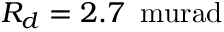
R _ { d } = 2 . 7 \, \mathrm { \ m u r a d }